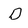
Character: D